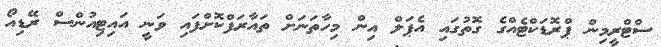
ސްޓްރީމިން ޕްރޮޑަކްޓެއްގެ ގޮތުގައި އެޕަލް އިން މިހާތަނަށް ތައާރަފްކޮށްފައި ވަނީ އައިޓިއުންސް ރޭޑިއޯ